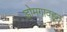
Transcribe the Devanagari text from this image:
डोमगावहून